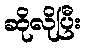
ဆိုလိုပြီး